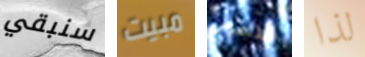
سنبقي مبيت سانتوس لذا